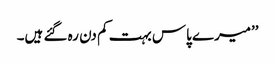
’’میرے پاس بہت کم دن رہ گئے ہیں۔